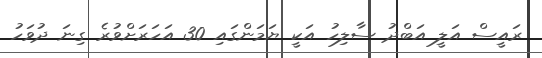
ރައީސް އަލީ އަބްދު ސާލިހު އަކީ ޔަމަންގައި 30 އަހަރަށްވުރެ ގިނަ ދުވަހު